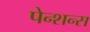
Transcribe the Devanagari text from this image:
पेन्शन्स